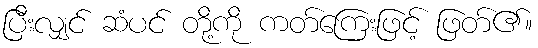
ပြီးလျှင် ဆံပင် တို့ကို ကတ်ကြေးဖြင့် ဖြတ်၏။